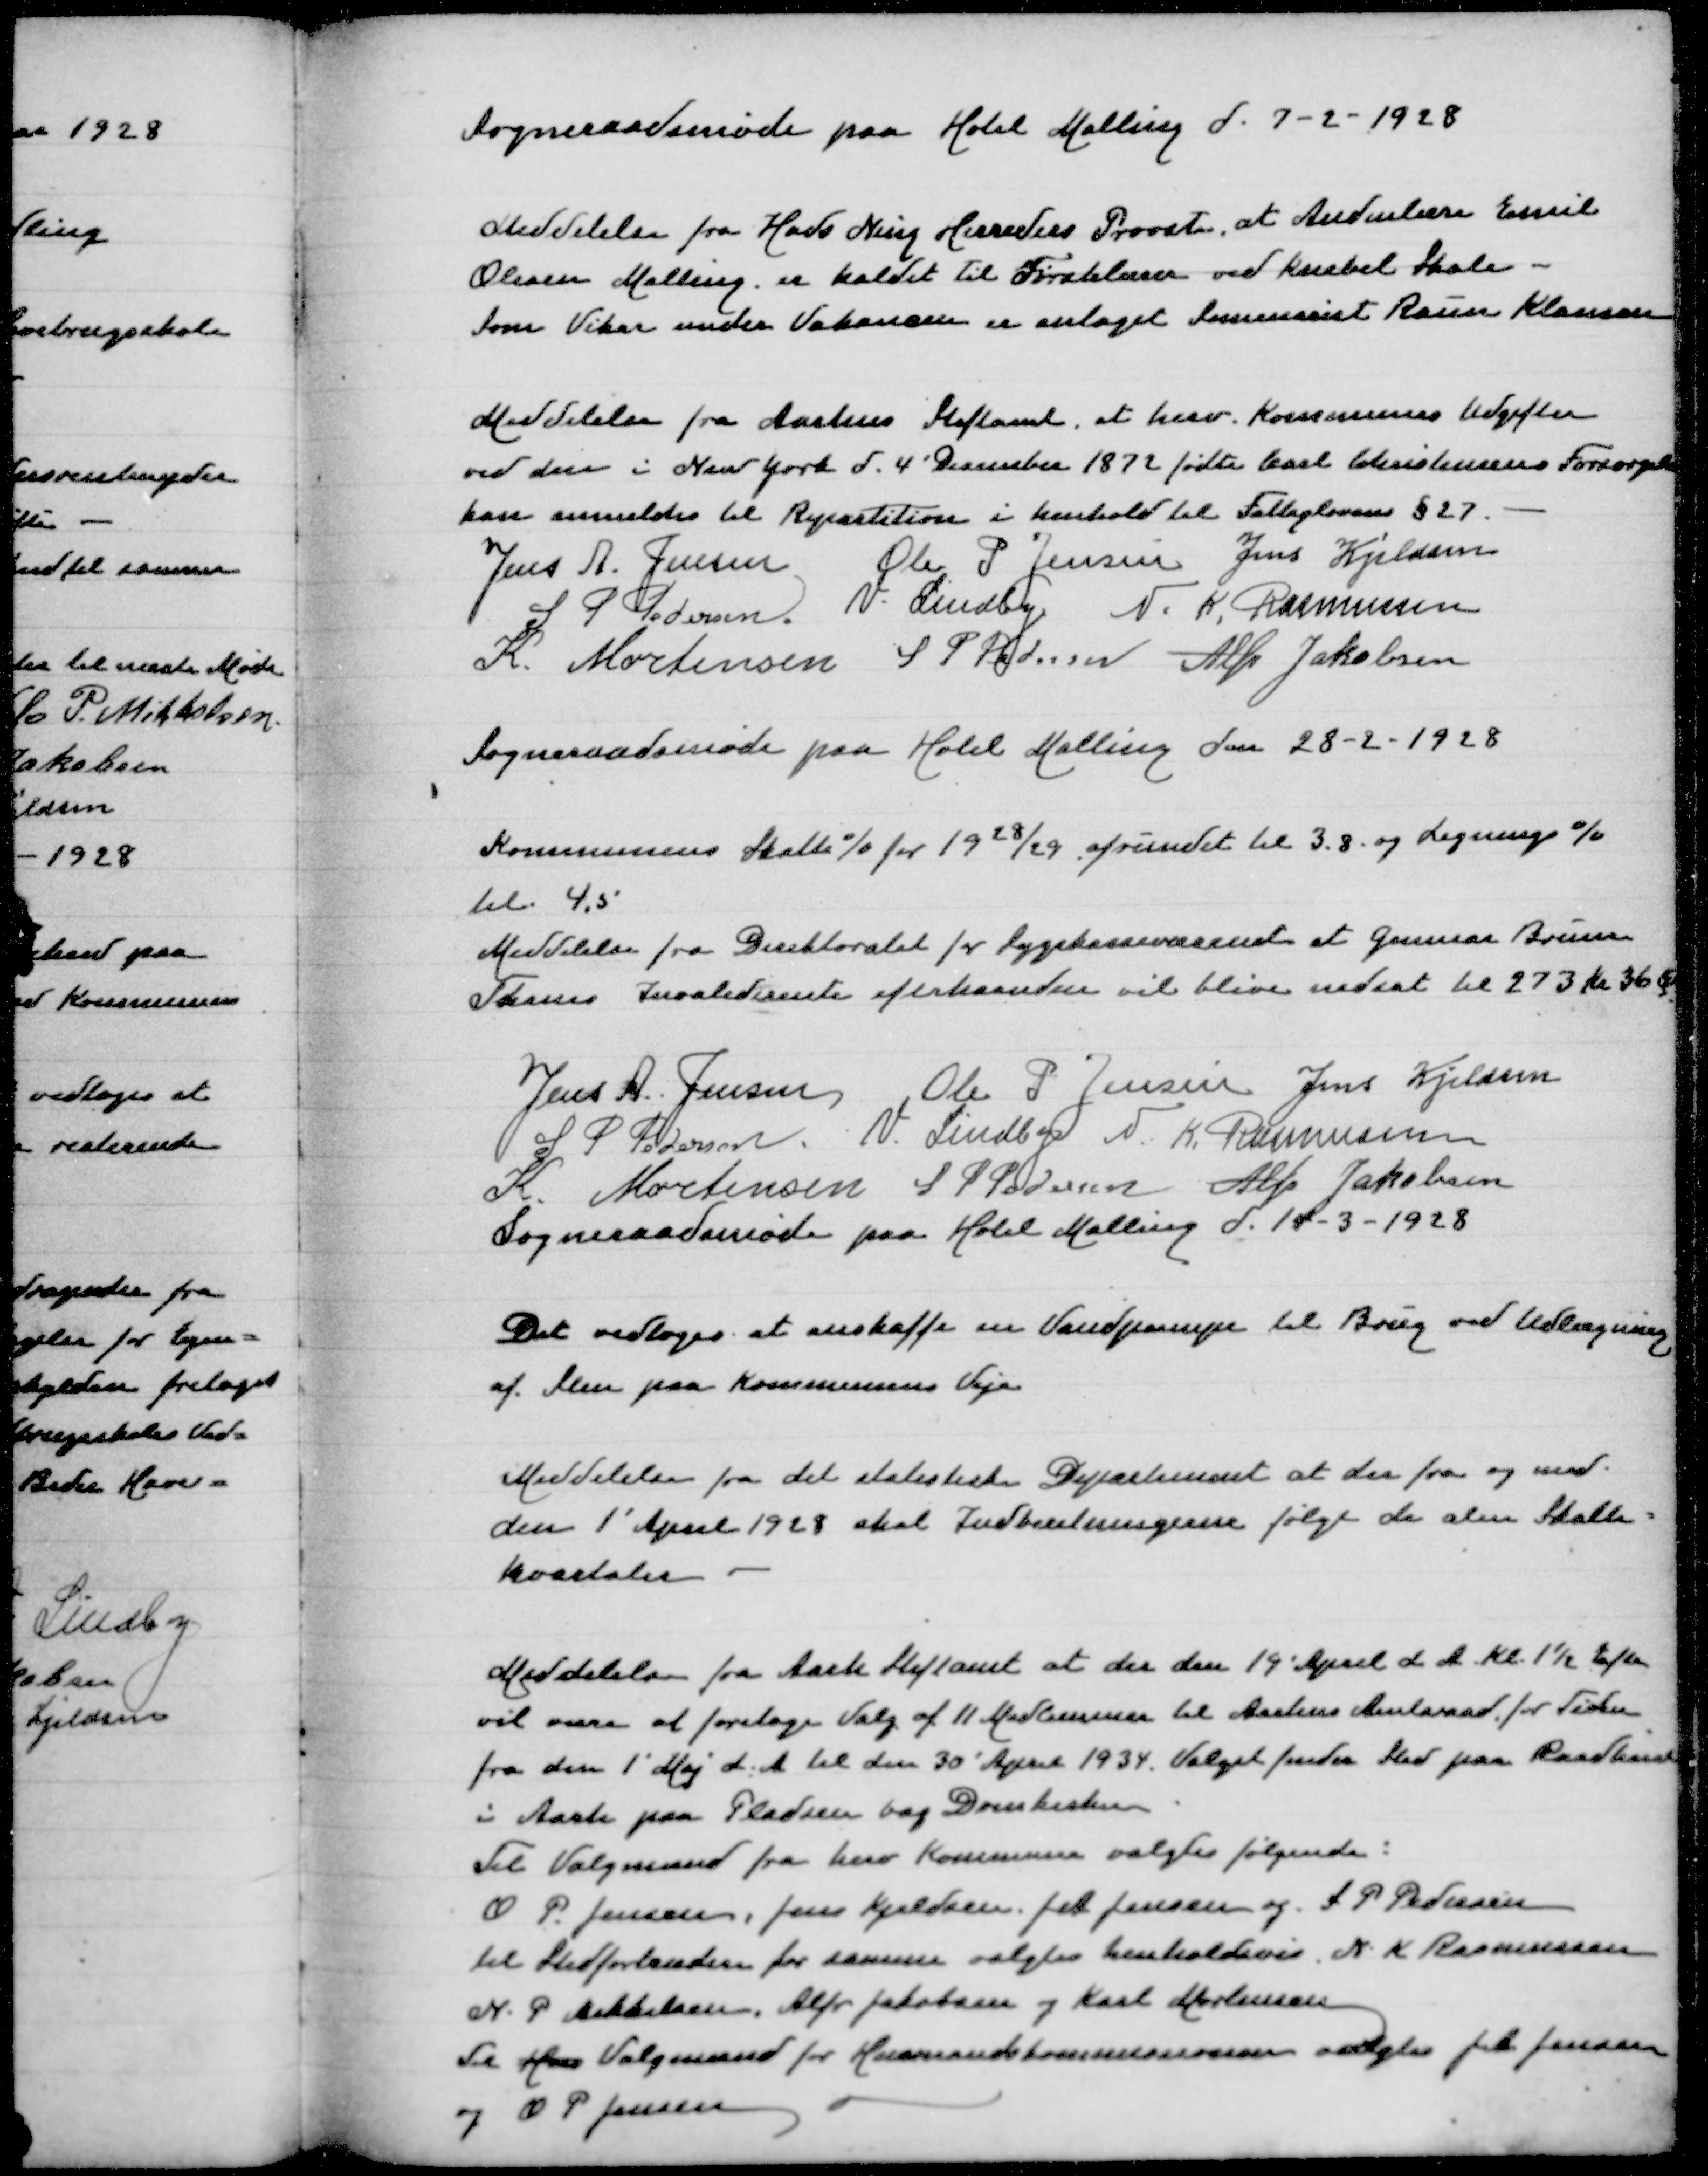
Transskription:
Sogneraadsmøde paa Hotel Malling d 7-2-1928
Meddelelse fra Hads Ning Herreders Provsti, at Andenlærer Emil
Olesen Malling er kaldet til Førstelærer ved Knebel Skole -
Som Vikar under Vakancen er antaget Seminarist Raun Klausen
Meddelelse fra Aarhus Stiftamt, at herv Kommunes Udgifter
ved den i New York d 4' December 1872 fødte Carl Christensens Forsørgelse
kan anmeldes til Repartition i Henhold til Fattiglovens §27
Jens A Jensen
Ole P Jensen
Jens Kjeldsen
S P Pedersen
V Lindby
N K Rasmussen
K Mortensen
S P Pedersen
Alfr Jakobsen
Sogneraadsmøde paa Hotel Malling den 28-2-1928
Kommunens Skatte% for 1928/29 afrundet til 3,8 og Lignings%
til 4,5
Meddelelse fra Direktoratet for Sygehusvæsenet at Gunnar Bruno 
Thams Invaliderente efterhaanden vil blive nedsat til 273 Kr 36 Øre
Jens A Jensen
Ole P Jensen
Jens Kjeldsen
S P Pedersen
V Lindby
N K Rasmussen
K Mortensen
S P Pedersen
Alfr Jakobsen
Sogneraadsmøde paa Hotel Malling d 14-3-1928
Det vedtoges at anskaffe en Vandpumpe til Brug ved Udlægning 
af Sten paa Kommunale Veje
Meddelelse fra det statistiske Departement at der fra og med
den 1' April 1928 skal Indberetningerne følge de alm Skatte=
kvartaler
Meddelelse fra Aarh Stiftamt at der den 14' April d A Kl 1½ Eftm
vil være at foretage Valg af 11 Medlemmer til Aarhus Amtsraad for Tiden
fra den 1' Maj d A til den 30' April 1934. Valget finder Sted paa Raadhuset
i Aarh paa Pladsen bag Domkirken
Til Valgmænd fra herv Kommune valgtes følgende:
O P Jensen, Jens Kjeldsen, Jeb Jensen og S P Pedersen
til Stedfortrædere for samme valgtes henholdsvis N K Rasmussen
N P Mikkelsen, Alfr Jakobsen og Karl Mortensen
Til Hass Valgmænd for Herværende Kommune valgtes Jeb Jensen
og O P Jensen